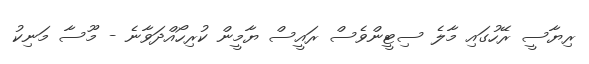
ރިޔާސީ ރޭހުގައި މާލެ ސިޓީންވެސް ރައީސް ޔާމީން ކުރިހޯއްދަވާނެ - މޫސާ މަނިކު